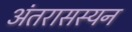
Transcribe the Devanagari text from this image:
अंतरासस्यन